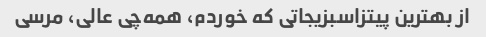
از بهترین پیتزاسبزیجاتی که خوردم، همه‌چی عالی، مرسی